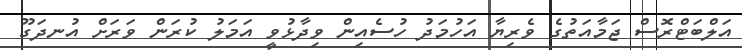
އަލްބަޓްރޮސް ޖަމާއަތުގެ ވެރިޔާ އަހުމަދު ހުސެއިން ވިދާޅުވީ އަމަލު ކުރަން ވަރަށް އުނދަގޫ